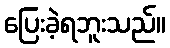
ပြေးခဲ့ရဘူးသည်။